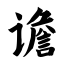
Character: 谵